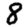
Digit: 8